Madras plague regulations in force outside the Presidency town - Volume 7
Disease focus: Plague
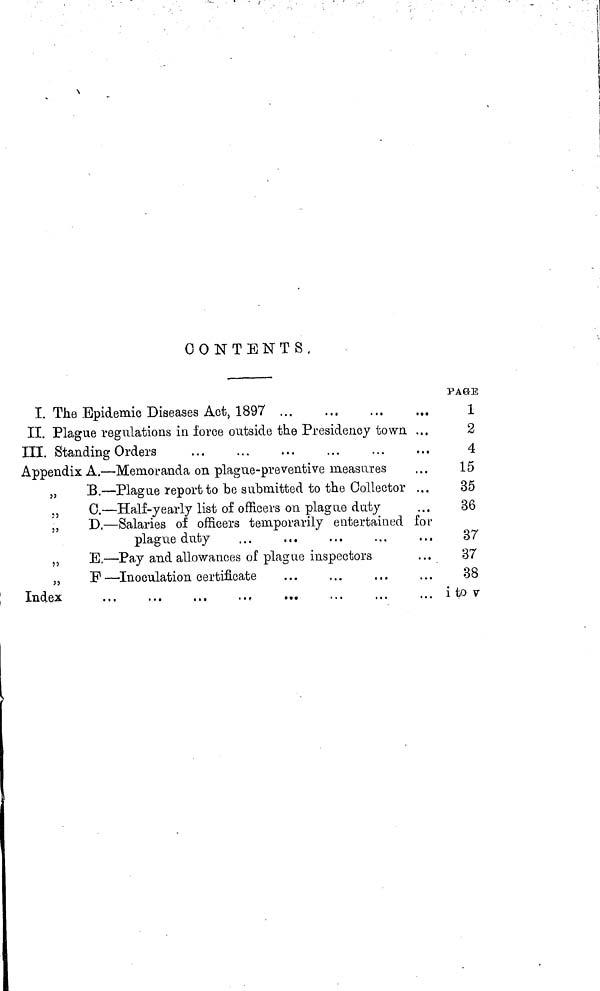
CONTENTS.
I. The Epidemic Diseases Act, 1897
II. Plague regulations in force outside the Presideiicy town ...
III. Standing Orders
Appendix A. — Memoranda on plague-preventive measures
„
B. — Plague report to be submitted to the Collector ...
,, C. — Half-yearly list of officers on plague duty
,,
D. — Salaries of officers temporarily entertained for
plague duty
...
,, E. — Pay and allowances of plague inspectors
„
F — Inoculation certificate
Index
...
...
...
..,
...
PAGE
1
2
4
15
35
36
37
37
38
i to y